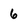
Character: 6